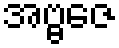
အဗ္ဗဇေ